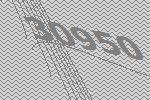
30950